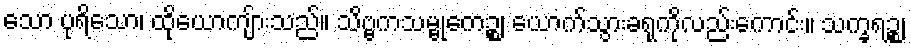
သော ပုရိသော၊ ထိုယောကျ်ားသည်။ သိဗ္ဗကသမ္ဗုကေဉ္စ၊ ယောက်သွားခရုကိုလည်းကောင်း။ သက္ခရဉ္စ၊